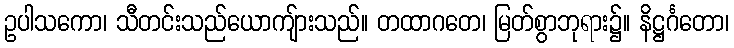
ဥပါသကော၊ သီတင်းသည်ယောကျ်ားသည်။ တထာဂတေ၊ မြတ်စွာဘုရား၌။ နိဋ္ဌင်္ဂတော၊